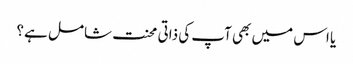
یا اس میں بھی آپ کی ذاتی محنت شامل ہے؟